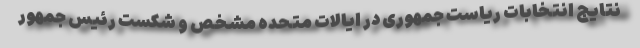
نتایج انتخابات ریاست جمهوری در ایالات متحده مشخص و شکست رئیس جمهور